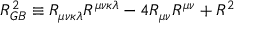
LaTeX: { \cal { R } } _ { G B } ^ { 2 } \equiv R _ { \mu \nu \kappa \lambda } R ^ { \mu \nu \kappa \lambda } - 4 R _ { \mu \nu } R ^ { \mu \nu } + R ^ { 2 }